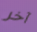
آخر